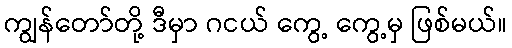
ကျွန်တော်တို့ ဒီမှာ ဂငယ် ကွေ့ ကွေ့မှ ဖြစ်မယ်။